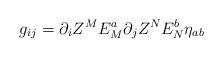
LaTeX: \begin{align*}g_{ij} = \partial_i Z^M E_M^a \partial_j Z^N E_N^b \eta_{ab}\end{align*}